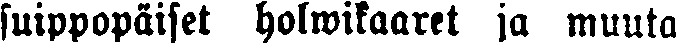
suippopäiset holwikaaret ja muuta